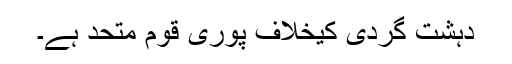
دہشت گردی کیخلاف پوری قوم متحد ہے۔